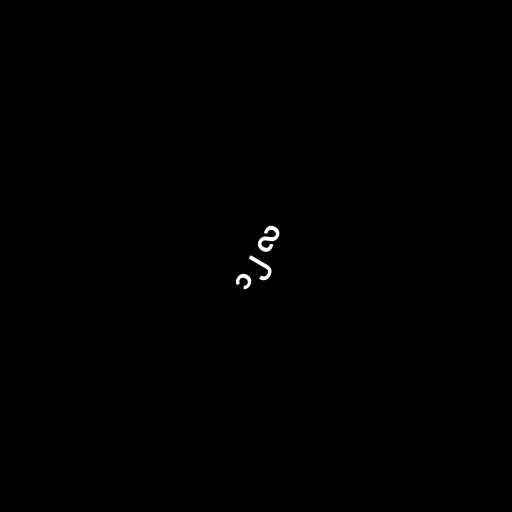
၁၂ လ